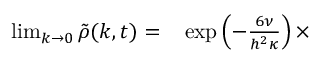
\begin{array} { r l } { \operatorname* { l i m } _ { k \to 0 } \tilde { \rho } ( k , t ) = } & { { } \exp \left( - \frac { 6 \nu } { h ^ { 2 } \kappa } \right) \times } \end{array}